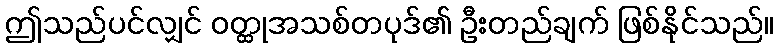
ဤသည်ပင်လျှင် ဝတ္ထုအသစ်တပုဒ်၏ ဦးတည်ချက် ဖြစ်နိုင်သည်။